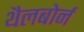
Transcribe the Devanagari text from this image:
थैलबोर्न